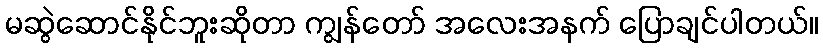
မဆွဲဆောင်နိုင်ဘူးဆိုတာ ကျွန်တော် အလေးအနက် ပြောချင်ပါတယ်။